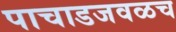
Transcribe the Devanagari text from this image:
पाचाडजवळच